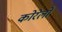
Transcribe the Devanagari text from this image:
कोरेलो